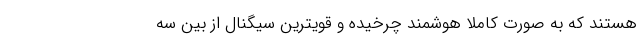
هستند که به صورت کاملا ًهوشمند چرخیده و قویترین سیگنال از بین سه